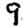
Digit: 9